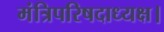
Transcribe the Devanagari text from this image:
मंत्रिपरिषदाध्यक्ष।